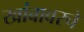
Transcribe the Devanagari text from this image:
खांबावरचे